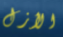
الأزل